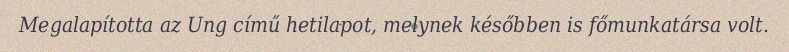
Megalapította az Ung című hetilapot, melynek későbben is főmunkatársa volt.